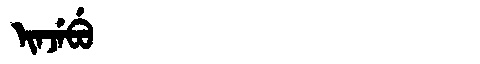
Manchu: ᡳᠨᠵᡝᠪᡠ
Romanization: INJEBU